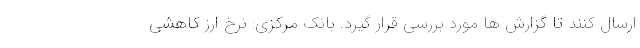
ارسال کنند تا گزارش ها مورد بررسی قرار گیرد. بانک مرکزی: نرخ ارز کاهشی